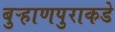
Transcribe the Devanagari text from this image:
बुऱ्हाणपुराकडे